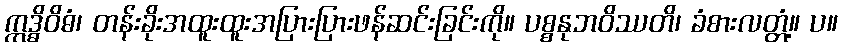
ဣဒ္ဓိဝိဓံ၊ တန်းခိုးအထူးထူးအပြားပြားဖန်ဆင်းခြင်းကို။ ပစ္စနုဘဝိဿတိ၊ ခံစားလတ္တံ့။ ပ။